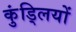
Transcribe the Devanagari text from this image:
कुंड्लियों